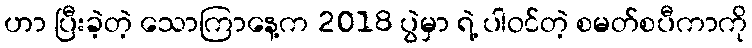
ဟာ ပြီးခဲ့တဲ့ သောကြာနေ့က 2018 ပွဲမှာ ရဲ့ ပါဝင်တဲ့ စမတ်စပီကာကို